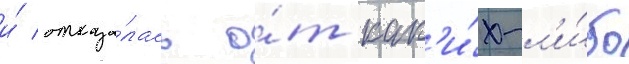
и́ отказа́лась о́т как'и́х-л'и́бо